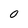
Character: 0